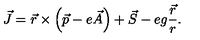
\vec { J } = \vec { r } \times \left( \vec { p } - e \vec { A } \right) + \vec { S } - e g \frac { \vec { r } } { r } .